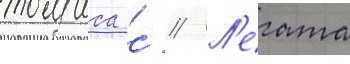
томаса с // Л'егата